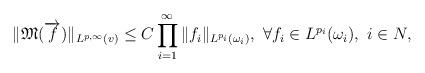
LaTeX: \begin{align*}\|\mathfrak{M}(\overrightarrow f)\|_{L^{p,\infty}(v)}\leq C\prod\limits_{i=1}^{\infty}\|f_i\|_{L^{p_i}(\omega_i)}, ~\forall f_i\in L^{p_i}(\omega_i), ~i\in N,\end{align*}